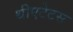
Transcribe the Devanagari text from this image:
थीएटेटस